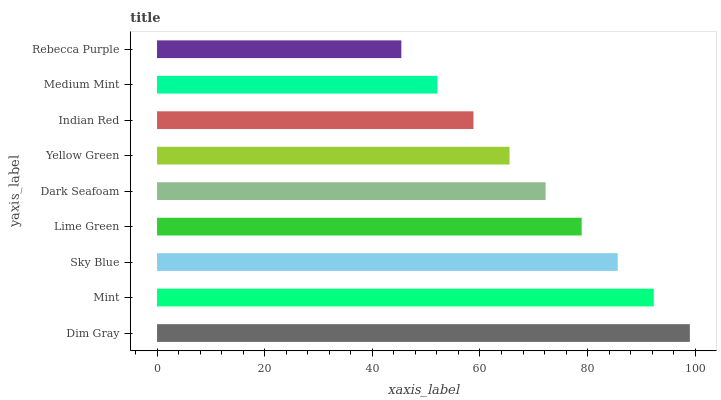
| yaxis_label | bars |
 | --- | --- |
 | Dim Gray | 99 |
 | Mint | 92.3 |
 | Sky Blue | 85.6 |
 | Lime Green | 78.9 |
 | Dark Seafoam | 72.2 |
 | Yellow Green | 65.5 |
 | Indian Red | 58.8 |
 | Medium Mint | 52.1 |
 | Rebecca Purple | 45.4 |